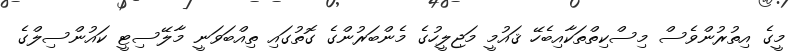
މީގެ އިތުރުންވެސް މިސްކިތްތަކާއިބެހޭ ޤައުމީ މަޖިލީހުގެ މެންބަރުންގެ ގޮތުގައި ތިއްބަވަނީ މާލޭސިޓީ ކައުންސިލްގެ